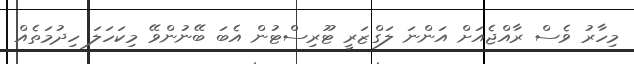
މިހާރު ވެސް ރާއްޖެއަށް އަންނަ ލަގްޒަރީ ޓޫރިސްޓުން އެބަ ބޭނުންވޭ މިކަހަލަ ހިދުމަތެއް